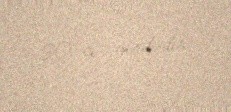
90-cı yerdədir.